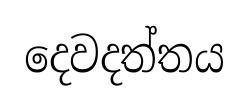
දෙවදත්තය